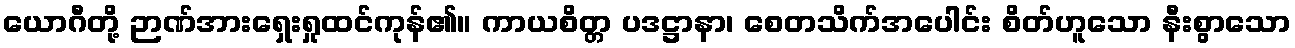
ယောဂီတို့ ဉာဏ်အားရှေးရှုထင်ကုန်၏။ ကာယစိတ္တ ပဒဋ္ဌာနာ၊ စေတသိက်အပေါင်း စိတ်ဟူသော နီးစွာသော